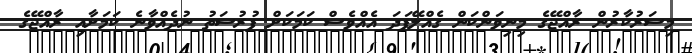
މިސަރުކާރުން ރާއްޖޭގެ މިނިވަންކަން ގެއްލޭފަދަ އެއްވެސް ކަމަކަށް ފުރުސަތު ނުދެއްވާނެ ކަމަށާއި ރާއްޖޭގެ